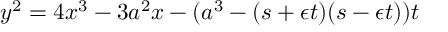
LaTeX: y ^ { 2 } = 4 x ^ { 3 } - 3 a ^ { 2 } x - ( a ^ { 3 } - ( s + \epsilon t ) ( s - \epsilon t ) ) t